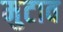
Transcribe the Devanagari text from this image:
मुटाव